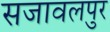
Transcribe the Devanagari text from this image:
सजावलपुर